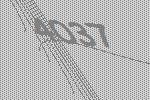
4037